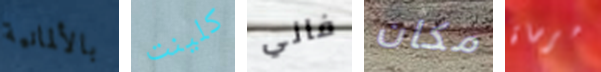
بالألمانية كلينت فاني مكان مرساة